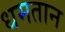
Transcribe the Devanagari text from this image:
धमतान